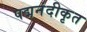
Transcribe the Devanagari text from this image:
पद्मनंदीकृत